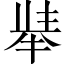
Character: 𱑏